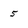
Character: 5